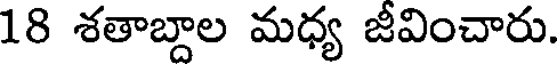
18 శతాబ్దాల మధ్య జీవించారు.